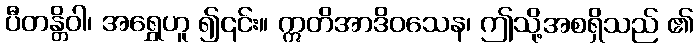
ပီတန္တိဝါ၊ အရွှေဟူ ၍၎င်း။ ဣတိအာဒိဝသေန၊ ဤသို့အစရှိသည် ၏